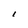
Character: I